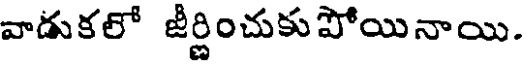
వాడుకలో జీర్ణించుకుపోయినాయి.